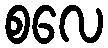
စလေ